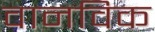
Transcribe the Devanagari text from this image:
वानविक